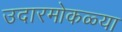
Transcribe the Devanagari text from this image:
उदारमोकळ्या